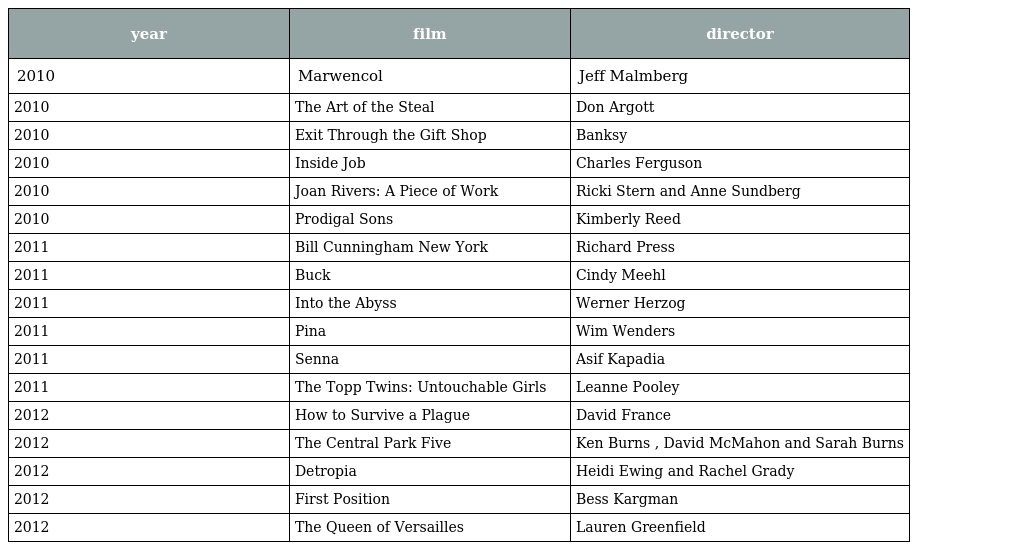
| year | film | director |
 | --- | --- | --- |
 | 2010 | Marwencol | Jeff Malmberg |
 | 2010 | The Art of the Steal | Don Argott |
 | 2010 | Exit Through the Gift Shop | Banksy |
 | 2010 | Inside Job | Charles Ferguson |
 | 2010 | Joan Rivers: A Piece of Work | Ricki Stern and Anne Sundberg |
 | 2010 | Prodigal Sons | Kimberly Reed |
 | 2011 | Bill Cunningham New York | Richard Press |
 | 2011 | Buck | Cindy Meehl |
 | 2011 | Into the Abyss | Werner Herzog |
 | 2011 | Pina | Wim Wenders |
 | 2011 | Senna | Asif Kapadia |
 | 2011 | The Topp Twins: Untouchable Girls | Leanne Pooley |
 | 2012 | How to Survive a Plague | David France |
 | 2012 | The Central Park Five | Ken Burns , David McMahon and Sarah Burns |
 | 2012 | Detropia | Heidi Ewing and Rachel Grady |
 | 2012 | First Position | Bess Kargman |
 | 2012 | The Queen of Versailles | Lauren Greenfield |